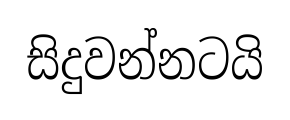
සිදුවන්නටයි